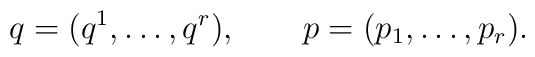
q=(q^{1},\ldots,q^{r}),\qquad p=(p_{1},\ldots,p_{r}).